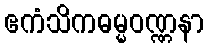
ဧကံသိကဓမ္မဝဏ္ဏနာ